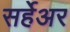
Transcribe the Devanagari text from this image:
सर्हेअर